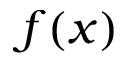
f ( x )